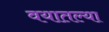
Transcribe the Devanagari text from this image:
वयातल्या